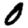
Digit: 0